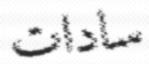
سادات